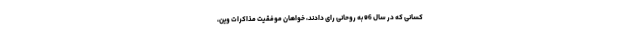
کسانی که در سال 96 به روحانی رای دادند، خواهان موفقیت مذاکرات وین،